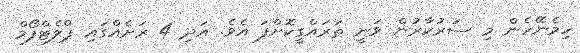
ހިމެނޭހެން މި ސަރުކާރުން ވަނީ ތަރައްގީކޮށްފަ އެވެ. އަދި 4 ރަށެއްގައި ޕްލެޓްފޯމް